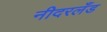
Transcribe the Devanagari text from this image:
नीदरलँड